Indian Civil Veterinary Department memoirs
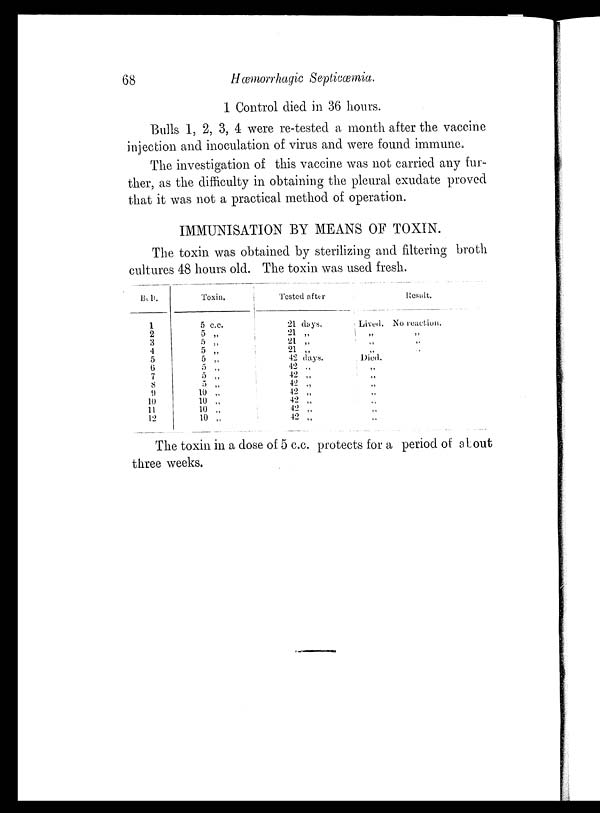
68
Hæmorrhagic Septicæmia.
1 Control died in 36 hours.
Bulls 1, 2, 3, 4 were re-tested a month after the vaccine
injection and inoculation of virus and were found immune.
The investigation of this vaccine was not carried any fur-
ther, as the difficulty in obtaining the pleural exudate proved
that it was not a practical method of operation.
IMMUNISATION BY MEANS OF TOXIN.
The toxin was obtained by sterilizing and filtering broth
cultures 48 hours old. The toxin was used fresh.
Bull.
1
2
3
4
5
6
7
8
9
10
11
12
Testin.
5 c.c.
5 „
5 „
5 „
5 „
5 „
5 „
5 „
10 „
10 „
10 „
10 „
Tested after
21 days
21 „
21 „
21 „
42 days
42
„
12 „
42 „
12 „
42 „
42 „
42 „
Lived
„
„
„
Died.
„
„
„
„
„
„
„
Result.
No
reaction
„
„
„
The toxin in a dose of 5 c.c. protects for a period of al out
three weeks.